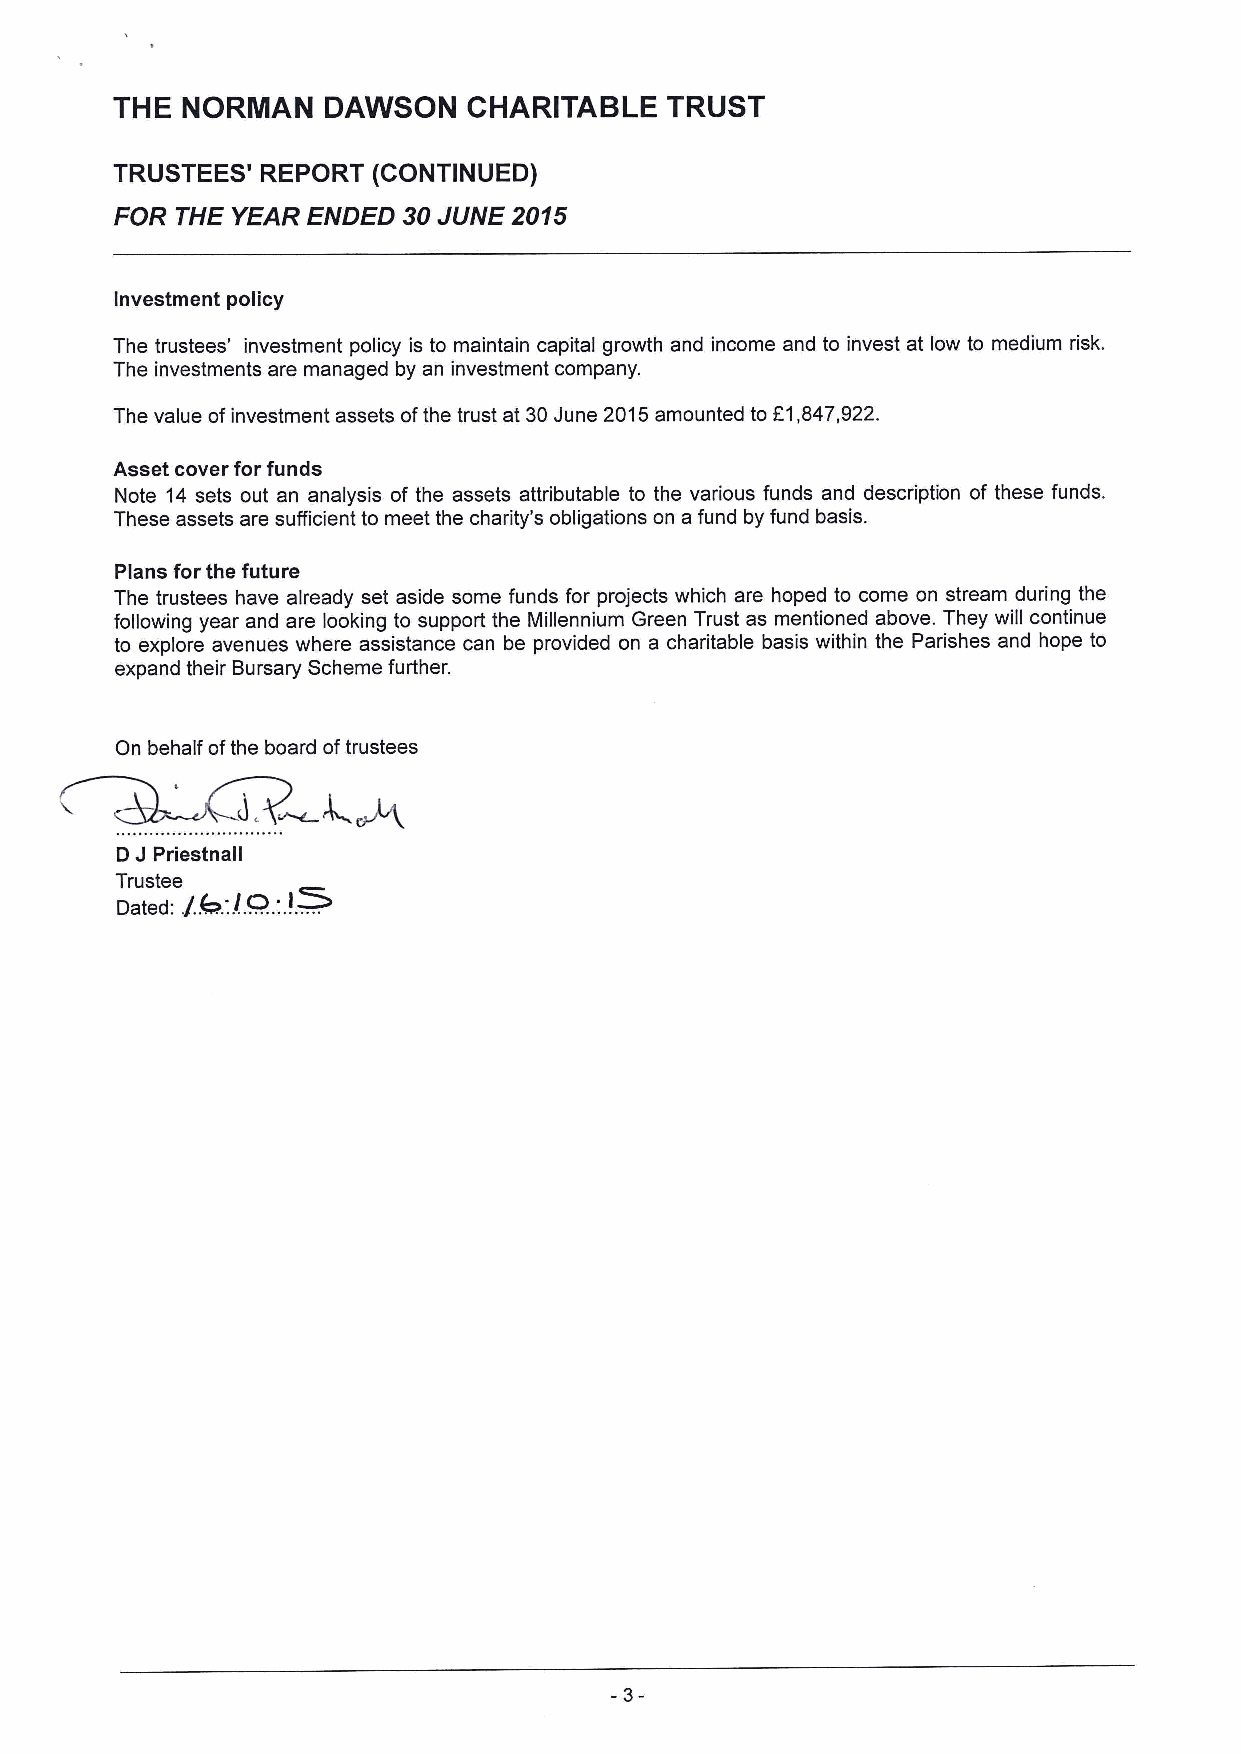
THE  NORMAN   DAWSON    CHARITABLE   TRUST
 TRUSTEES' REPORT  (CONTINUED)
 FOR THE YEAR ENDED 30JUNE 2015
 Investment policy
 The trustees' investment policy is to maintain capital growth and income and to invest at low to medium risk.
 The investments are managed by an investment company.
 The value ofinvestment assets ofthe trust at 30June 2015amounted to f1,847,922.
 Asset cover for funds
 Note 14 sets out an analysis of the assets attributable to the various funds and description of these funds.
 These assets are sufficient to meet the charity's obligations on a fund by fund basis.
 Plans for the future
 The trustees have already set aside some funds for projects which are hoped to come on stream during the
 following year and are looking to support the Millennium Green Trust as mentioned above. They will continue
 to explore avenues where assistance can be provided on a charitable basis within the Parishes and hope to
 expand their Bursary Scheme further.
 On behalf ofthe board oftrustees
 J
 D Priestnall
 +
 Trustee !.
 Dated: g6. . 'Q. '..!.